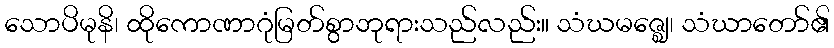
သောပိမုနိ၊ ထိုကောဏာဂုံမြတ်စွာဘုရားသည်လည်း။ သံဃမဇ္ဈေ၊ သံဃာတော်၏